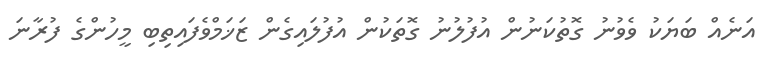
އަނެއް ބަޔަކު ވެވުނު ގޮތުކަނުން އުފުލުނު ގޮތަކުން އުފުލައިގެން ޒަޚަމްވެފައިތިބި މީހުންގެ ފުރާނަ